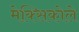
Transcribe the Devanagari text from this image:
मेक्सिकोले